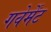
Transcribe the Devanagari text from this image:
गवेर्मेंट